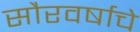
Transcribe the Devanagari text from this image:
सौरवर्षाचे